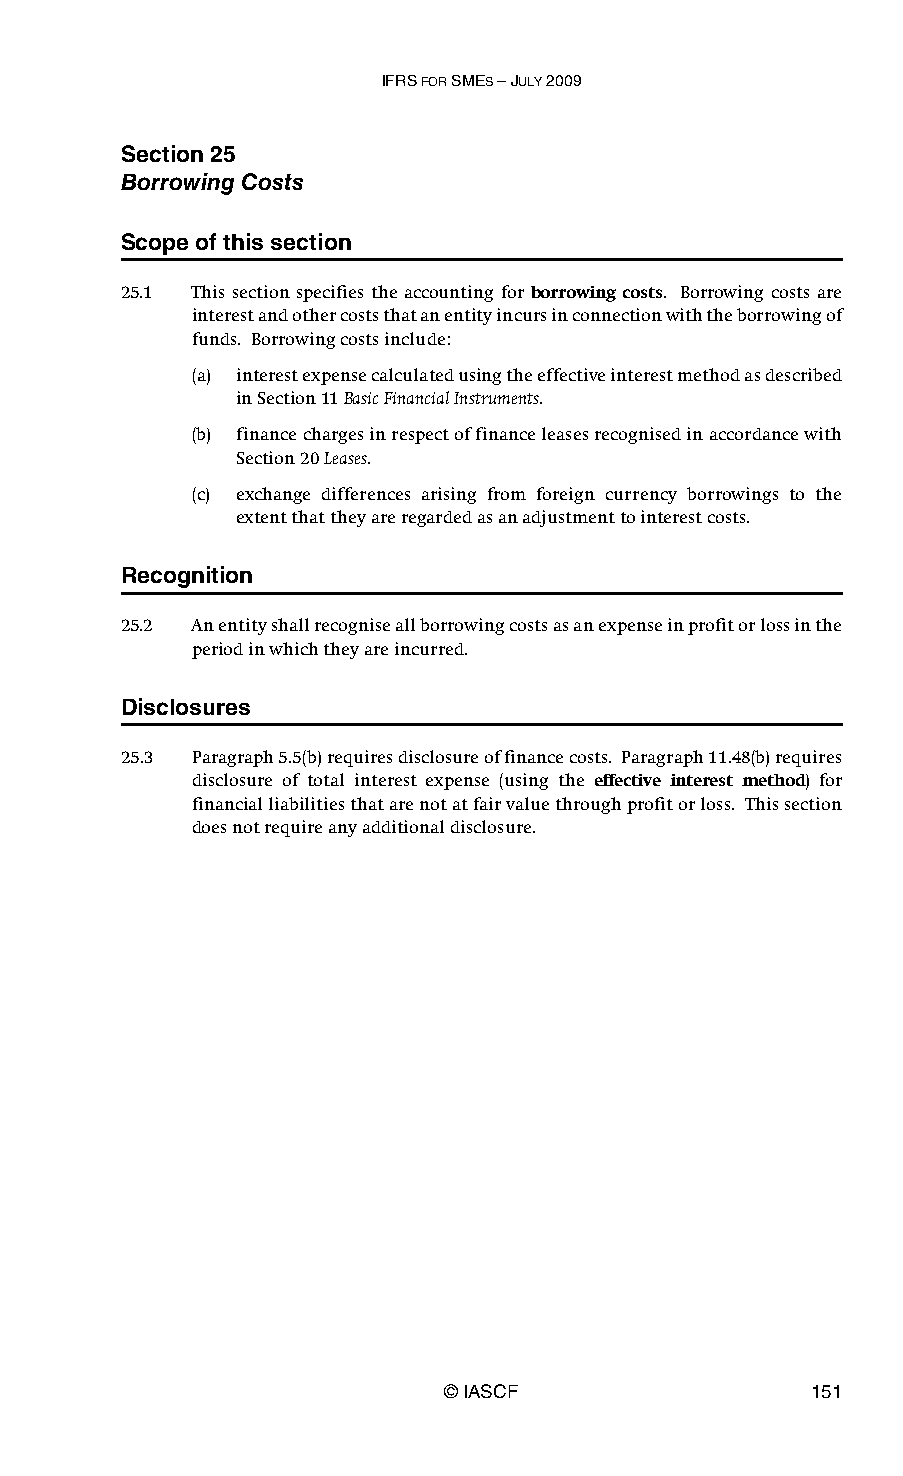
IFRS FOR SMES – JULY 2009
 Section 25
 Borrowing Costs
 Scope of this section
 25.1 This section specifies the accounting for borrowing costs. Borrowing costs are
 interest and other costs that an entity incurs in connection with the borrowing of
 funds. Borrowing costs include:
 (a) interest expense calculated using the effective interest method as described
 in Section 11 Basic Financial Instruments.
 (b) finance charges in respect of finance leases recognised in accordance with
 Section 20 Leases.
 (c) exchange differences arising from foreign currency borrowings to the
 extent that they are regarded as an adjustment to interest costs.
 Recognition
 25.2 An entity shall recognise all borrowing costs as an expense in profit or loss in the
 period in which they are incurred.
 Disclosures
 25.3 Paragraph 5.5(b) requires disclosure of finance costs. Paragraph 11.48(b) requires
 disclosure of total interest expense (using the effective interest method) for
 financial liabilities that are not at fair value through profit or loss. This section
 does not require any additional disclosure.
 © IASCF                 151